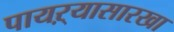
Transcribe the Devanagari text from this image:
पायऱ्यासारखा